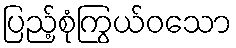
ပြည့်စုံကြွယ်ဝသော